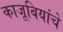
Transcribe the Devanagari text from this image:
काजूबियांचे